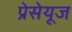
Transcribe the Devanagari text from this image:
प्रेसेयूज